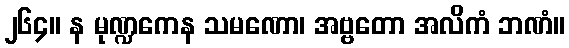
၂၆၄။ န မုဏ္ဍကေန သမဏော၊ အဗ္ဗတော အလိကံ ဘဏံ။